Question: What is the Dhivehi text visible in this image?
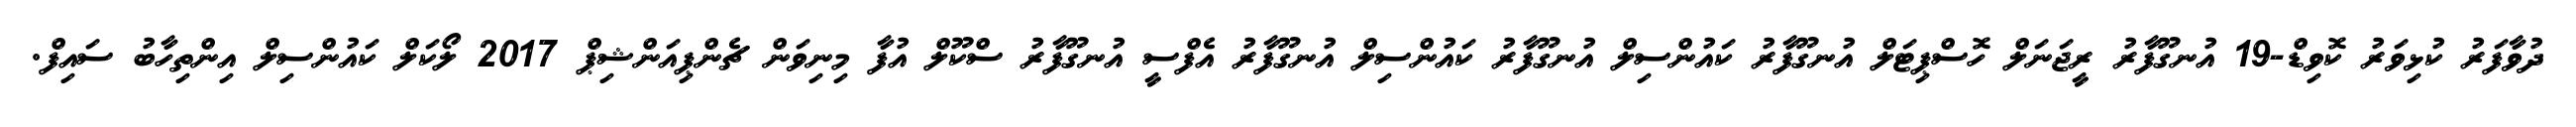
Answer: ދުވާފަރު ކުޅިވަރު ކޮވިޑް-19 އުނގޫފާރު ރީޖަނަލް ހޮސްޕިޓަލް އުނގޫފާރު ކައުންސިލް އުނގޫފާރު ކައުންސިލް އުނގޫފާރު އެފްސީ އުނގޫފާރު ސްކޫލް އުފާ މިނިވަން ޗެންޕިއަންޝިޕް 2017 ލޯކަލް ކައުންސިލް އިންތިހާބު ސައިފް.